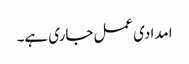
امدادی عمل جاری ہے۔